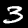
Label: 3